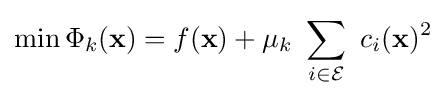
\min \Phi _{k}(\mathbf {x} )=f(\mathbf {x} )+\mu _{k}~\sum _{i\in {\mathcal {E}}}~c_{i}(\mathbf {x} )^{2}